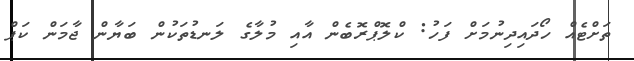
ތަށްޓެއް ހޯދައިދިނުމަށް ފަހު: ކްލޮޕްރޮބެން އާއި މުލާގެ ލަނޑުތަކުން ބަޔާން ޖާމަން ކަޕް